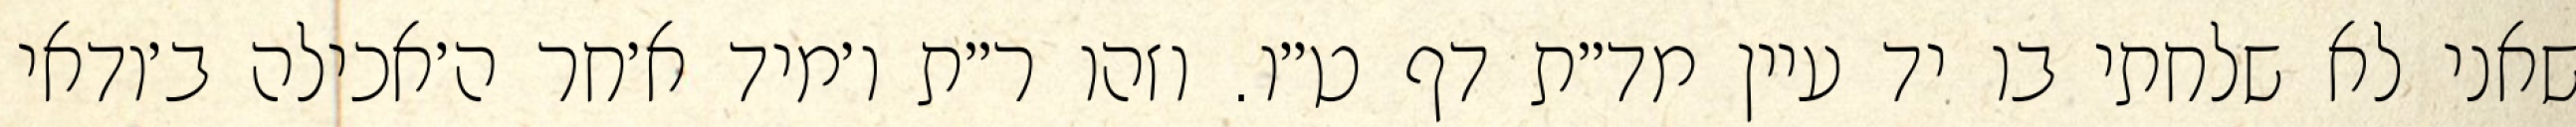
שאני לא שלחתי בו יד עיין מד״ת דף ט״ו. וזהו ר״ת ו׳מיד א׳חר ה׳אכילה ב׳ודאי